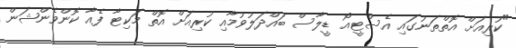
"ކުރިއަށް އޮތްތަނުގައި އެސްޓީއޯ ޑީލާސް ބައްދަލުވުމާއި ކުރިއަށް އޮތް މަކިޓާ ފެއާ ކޮންވެންޝަން